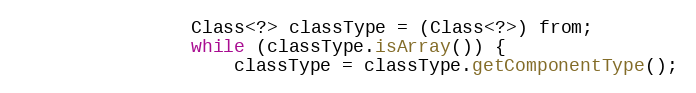
Language: Java
				Class<?> classType = (Class<?>) from;
				while (classType.isArray()) {
					classType = classType.getComponentType();